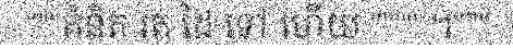
"""គំនិត រត់ ដៃ ទៅ ហើយ """" ។"""